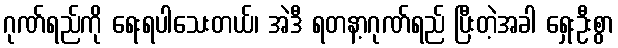
ဂုဏ်ရည်ကို ရေးရပါသေးတယ်၊ အဲဒီ ရတနာ့ဂုဏ်ရည် ပြီးတဲ့အခါ ရှေးဦးစွာ